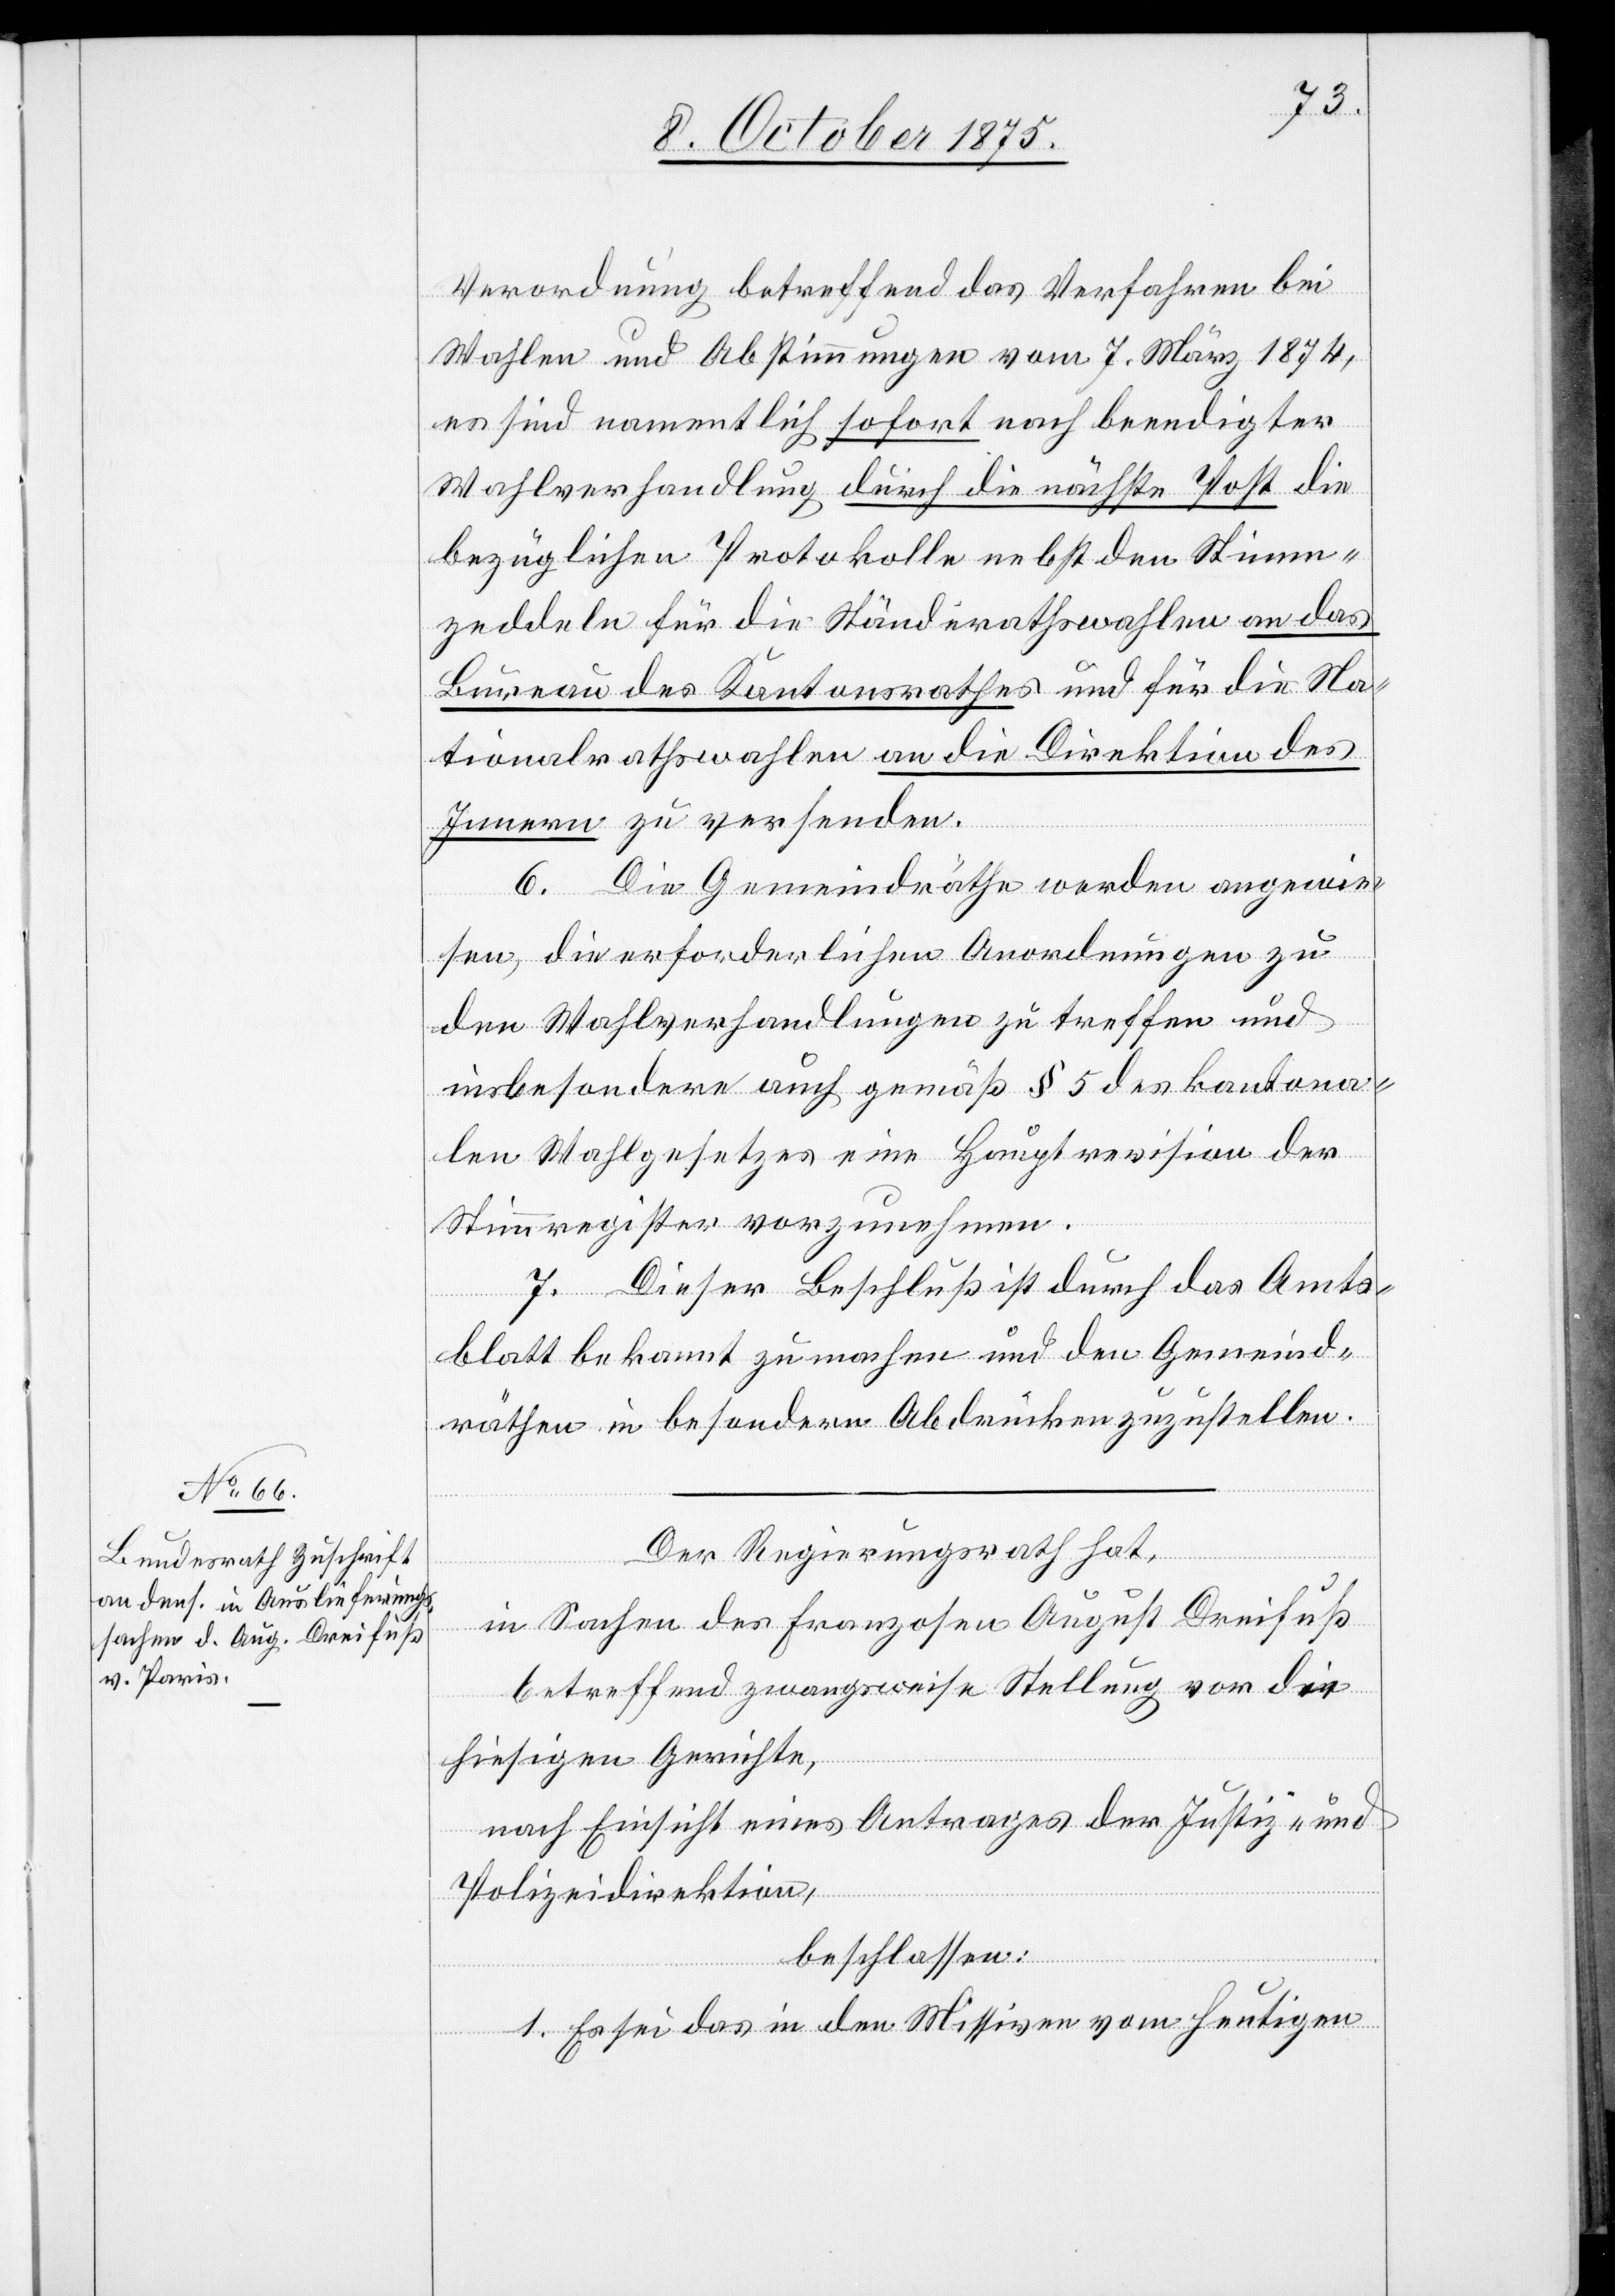
11. October 1875.]
Verordnung betreffend das Verfahren bei
Wahlen und Abstimmungen vom 7. März 1874,
es sind namentlich sofort nach beendigter
Wahlverhandlung durch die nächste Post die
bezüglichen Protokolle nebst den Stimm¬
zeddeln für die Ständerathswahlen an das
Bureau des Kantonsrathes und für die Na¬
tionalrathswahlen an die Direktion des
Innern zu versenden.
6. Die Gemeindräthe werden angewie¬
sen, die erforderlichen Anordnungen zu
den Wahlverhandlungen zu treffen und
insbesondere auch gemäß § 5 des kantona¬
len Wahlgesetzes eine Hauptrevision der
Stimmregister vorzunehmen.
7. Dieser Beschluß ist durch das Amts¬
blatt bekannt zu machen und den Gemeind¬
räthen in besondern Abdrücken zuzustellen.
Der Regierungsrath hat,
in Sachen des Franzosen August Dreifuß
betreffend zwangsweise Stellung vor die
hiesigen Gerichte,
nach Einsicht eines Antrages der Justiz- und
Polizeidirektion,
beschlossen:
1. Es sei das in den Missiven vom heutigen